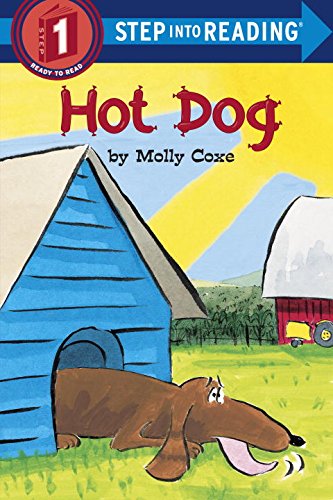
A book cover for Hot Dog (Step-Into-Reading, Step 1); Molly Coxe; Children's Books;